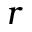
r